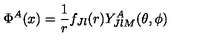
\Phi ^ { A } ( x ) = { \frac { 1 } { r } } f _ { J l } ( r ) Y _ { J l M } ^ { A } ( \theta , \phi )